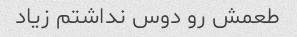
طعمش رو دوس نداشتم زیاد